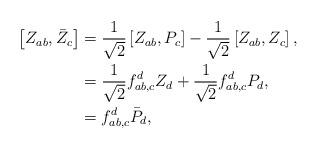
LaTeX: \begin{align*}\left[ Z_{ab},\bar{Z}_{c}\right] & =\frac{1}{\sqrt{2}}\left[ Z_{ab},P_{c}\right] -\frac{1}{\sqrt{2}}\left[ Z_{ab},Z_{c}\right] ,\\& =\frac{1}{\sqrt{2}}f_{ab,c}^{d}Z_{d}+\frac{1}{\sqrt{2}}f_{ab,c}^{d}P_{d},\\& =f_{ab,c}^{d}\bar{P}_{d},\end{align*}